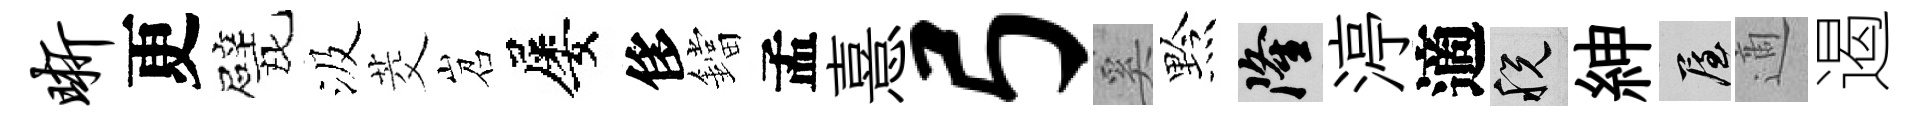
晰更戏汲茭岧屡侈鐺孟憙弓奚黔隆渟適税紳屋適遏